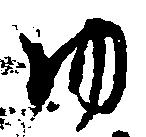
ゆ